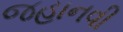
જહાનવી